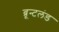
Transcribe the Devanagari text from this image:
ब्रून्टलंड